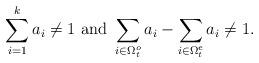
LaTeX: \begin{align*} \sum_{i=1}^k a_i \neq 1 \,\, {\rm and} \,\, \sum_{i\in \Omega_t^o}a_i-\sum_{i\in \Omega_t^e}a_i \neq 1 .\end{align*}